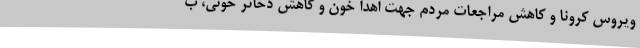
ویروس کرونا و کاهش مراجعات مردم جهت اهدا خون و کاهش ذخائر خونی، ب